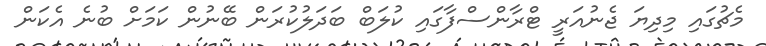
މެޗުގައި މިދިޔަ ޖެނުއަރީ ޓްރާންސްފާގައި ކުލަބް ބަދަލުކުރަން ބޭނުން ކަމަށް ބުނެ އެކަން